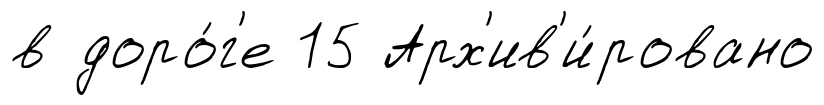
в доро́г'е 15 Арх'ив'и́ровано